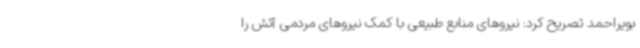
بویراحمد تصریح کرد: نیروهای منابع طبیعی با کمک نیروهای مردمی آتش را